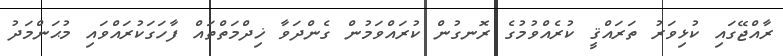
ރާއްޖޭގައި ކުޅިވަރު ތަރައްޤީ ކުރެއްވުމުގެ ރޮނގުން ކުރައްވަމުން ގެންދަވާ ޚިދްމަތްތައް ފާހަގަކުރައްވައި މުޙަންމަދު